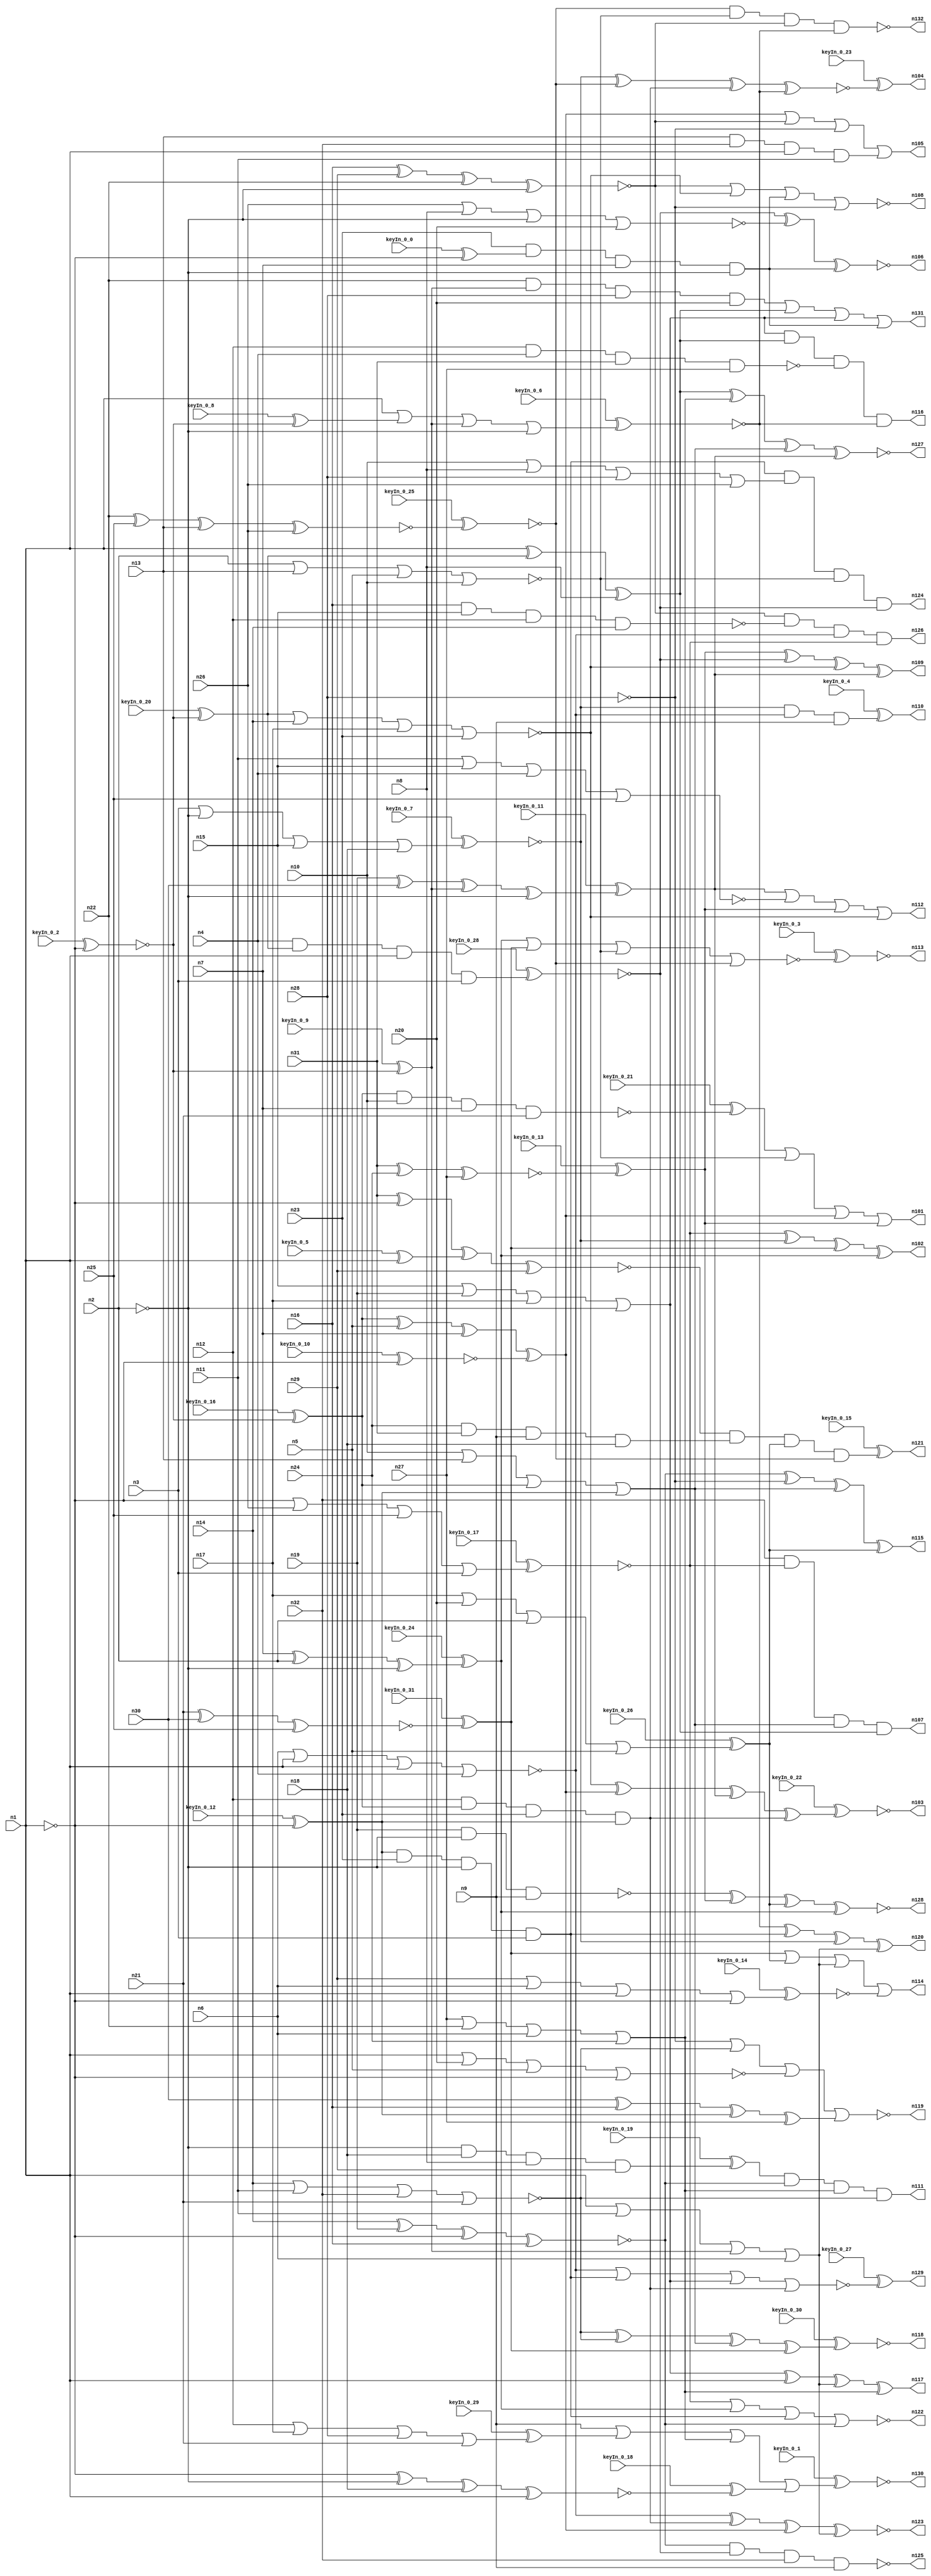


module Stat_100_47
(
  n1,
  n2,
  n3,
  n4,
  n5,
  n6,
  n7,
  n8,
  n9,
  n10,
  n11,
  n12,
  n13,
  n14,
  n15,
  n16,
  n17,
  n18,
  n19,
  n20,
  n21,
  n22,
  n23,
  n24,
  n25,
  n26,
  n27,
  n28,
  n29,
  n30,
  n31,
  n32,
  n110,
  n132,
  n126,
  n125,
  n102,
  n121,
  n127,
  n112,
  n115,
  n129,
  n119,
  n109,
  n107,
  n108,
  n128,
  n131,
  n114,
  n103,
  n104,
  n113,
  n111,
  n122,
  n105,
  n117,
  n118,
  n124,
  n101,
  n120,
  n116,
  n123,
  n106,
  n130,
  keyIn_0_0,
  keyIn_0_1,
  keyIn_0_2,
  keyIn_0_3,
  keyIn_0_4,
  keyIn_0_5,
  keyIn_0_6,
  keyIn_0_7,
  keyIn_0_8,
  keyIn_0_9,
  keyIn_0_10,
  keyIn_0_11,
  keyIn_0_12,
  keyIn_0_13,
  keyIn_0_14,
  keyIn_0_15,
  keyIn_0_16,
  keyIn_0_17,
  keyIn_0_18,
  keyIn_0_19,
  keyIn_0_20,
  keyIn_0_21,
  keyIn_0_22,
  keyIn_0_23,
  keyIn_0_24,
  keyIn_0_25,
  keyIn_0_26,
  keyIn_0_27,
  keyIn_0_28,
  keyIn_0_29,
  keyIn_0_30,
  keyIn_0_31
);

  input n1;input n2;input n3;input n4;input n5;input n6;input n7;input n8;input n9;input n10;input n11;input n12;input n13;input n14;input n15;input n16;input n17;input n18;input n19;input n20;input n21;input n22;input n23;input n24;input n25;input n26;input n27;input n28;input n29;input n30;input n31;input n32;input keyIn_0_0;input keyIn_0_1;input keyIn_0_2;input keyIn_0_3;input keyIn_0_4;input keyIn_0_5;input keyIn_0_6;input keyIn_0_7;input keyIn_0_8;input keyIn_0_9;input keyIn_0_10;input keyIn_0_11;input keyIn_0_12;input keyIn_0_13;input keyIn_0_14;input keyIn_0_15;input keyIn_0_16;input keyIn_0_17;input keyIn_0_18;input keyIn_0_19;input keyIn_0_20;input keyIn_0_21;input keyIn_0_22;input keyIn_0_23;input keyIn_0_24;input keyIn_0_25;input keyIn_0_26;input keyIn_0_27;input keyIn_0_28;input keyIn_0_29;input keyIn_0_30;input keyIn_0_31;
  output n110;output n132;output n126;output n125;output n102;output n121;output n127;output n112;output n115;output n129;output n119;output n109;output n107;output n108;output n128;output n131;output n114;output n103;output n104;output n113;output n111;output n122;output n105;output n117;output n118;output n124;output n101;output n120;output n116;output n123;output n106;output n130;
  wire n33;wire n34;wire n35;wire n36;wire n37;wire n38;wire n39;wire n40;wire n41;wire n42;wire n43;wire n44;wire n45;wire n46;wire n47;wire n48;wire n49;wire n50;wire n51;wire n52;wire n53;wire n54;wire n55;wire n56;wire n57;wire n58;wire n59;wire n60;wire n61;wire n62;wire n63;wire n64;wire n65;wire n66;wire n67;wire n68;wire n69;wire n70;wire n71;wire n72;wire n73;wire n74;wire n75;wire n76;wire n77;wire n78;wire n79;wire n80;wire n81;wire n82;wire n83;wire n84;wire n85;wire n86;wire n87;wire n88;wire n89;wire n90;wire n91;wire n92;wire n93;wire n94;wire n95;wire n96;wire n97;wire n98;wire n99;wire n100;wire KeyWire_0_0;wire KeyWire_0_1;wire KeyWire_0_2;wire KeyNOTWire_0_2;wire KeyWire_0_3;wire KeyWire_0_4;wire KeyWire_0_5;wire KeyNOTWire_0_5;wire KeyWire_0_6;wire KeyWire_0_7;wire KeyNOTWire_0_7;wire KeyWire_0_8;wire KeyWire_0_9;wire KeyNOTWire_0_9;wire KeyWire_0_10;wire KeyWire_0_11;wire KeyWire_0_12;wire KeyWire_0_13;wire KeyNOTWire_0_13;wire KeyWire_0_14;wire KeyNOTWire_0_14;wire KeyWire_0_15;wire KeyNOTWire_0_15;wire KeyWire_0_16;wire KeyWire_0_17;wire KeyNOTWire_0_17;wire KeyWire_0_18;wire KeyNOTWire_0_18;wire KeyWire_0_19;wire KeyWire_0_20;wire KeyNOTWire_0_20;wire KeyWire_0_21;wire KeyNOTWire_0_21;wire KeyWire_0_22;wire KeyNOTWire_0_22;wire KeyWire_0_23;wire KeyWire_0_24;wire KeyWire_0_25;wire KeyNOTWire_0_25;wire KeyWire_0_26;wire KeyWire_0_27;wire KeyWire_0_28;wire KeyWire_0_29;wire KeyWire_0_30;wire KeyNOTWire_0_30;wire KeyWire_0_31;wire KeyNOTWire_0_31;

  not
  g0
  (
    KeyWire_0_2,
    n1
  );


  buf
  g1
  (
    n37,
    n1
  );


  buf
  g2
  (
    n34,
    n1
  );


  not
  g3
  (
    n36,
    n2
  );


  not
  g4
  (
    n35,
    n1
  );


  buf
  g5
  (
    KeyWire_0_5,
    n34
  );


  buf
  g6
  (
    n46,
    n35
  );


  not
  g7
  (
    KeyWire_0_10,
    n34
  );


  buf
  g8
  (
    n48,
    n34
  );


  buf
  g9
  (
    KeyWire_0_9,
    n33
  );


  buf
  g10
  (
    n42,
    n35
  );


  buf
  g11
  (
    KeyWire_0_20,
    n33
  );


  not
  g12
  (
    KeyWire_0_0,
    n37
  );


  buf
  g13
  (
    n47,
    n36
  );


  buf
  g14
  (
    KeyWire_0_16,
    n33
  );


  buf
  g15
  (
    n38,
    n34
  );


  buf
  g16
  (
    n41,
    n37
  );


  buf
  g17
  (
    n55,
    n36
  );


  not
  g18
  (
    n54,
    n37
  );


  buf
  g19
  (
    KeyWire_0_8,
    n33
  );


  buf
  g20
  (
    n50,
    n36
  );


  buf
  g21
  (
    KeyWire_0_12,
    n35
  );


  not
  g22
  (
    n49,
    n35
  );


  buf
  g23
  (
    n39,
    n36
  );


  not
  g24
  (
    n79,
    n28
  );


  buf
  g25
  (
    n75,
    n9
  );


  and
  g26
  (
    KeyWire_0_19,
    n47,
    n18,
    n8,
    n29
  );


  nor
  g27
  (
    n70,
    n26,
    n8,
    n55,
    n20
  );


  or
  g28
  (
    n91,
    n48,
    n11,
    n56,
    n6
  );


  xnor
  g29
  (
    n63,
    n31,
    n42,
    n45,
    n29
  );


  xor
  g30
  (
    KeyWire_0_24,
    n7,
    n2,
    n50
  );


  xnor
  g31
  (
    KeyWire_0_25,
    n22,
    n25,
    n13,
    n26
  );


  xor
  g32
  (
    n92,
    n52,
    n5,
    n7,
    n40
  );


  nand
  g33
  (
    KeyWire_0_21,
    n52,
    n10,
    n7,
    n21
  );


  nor
  g34
  (
    n94,
    n14,
    n11,
    n32,
    n21
  );


  or
  g35
  (
    KeyWire_0_29,
    n12,
    n17,
    n28,
    n21
  );


  nor
  g36
  (
    n85,
    n6,
    n48,
    n41,
    n4
  );


  xor
  g37
  (
    n58,
    n30,
    n16,
    n51,
    n27
  );


  nand
  g38
  (
    n71,
    n12,
    n4,
    n31,
    n27
  );


  nor
  g39
  (
    n93,
    n53,
    n14,
    n17,
    n23
  );


  nor
  g40
  (
    n66,
    n11,
    n15,
    n4,
    n25
  );


  or
  g41
  (
    KeyWire_0_17,
    n54,
    n26,
    n25,
    n3
  );


  and
  g42
  (
    n72,
    n24,
    n31,
    n9,
    n18
  );


  or
  g43
  (
    n97,
    n27,
    n22,
    n6,
    n24
  );


  or
  g44
  (
    KeyWire_0_6,
    n49,
    n43,
    n56,
    n39
  );


  and
  g45
  (
    n98,
    n12,
    n52,
    n23,
    n51
  );


  nand
  g46
  (
    n61,
    n19,
    n50,
    n9
  );


  and
  g47
  (
    n73,
    n22,
    n56,
    n28,
    n20
  );


  or
  g48
  (
    n84,
    n15,
    n19,
    n17,
    n47
  );


  xnor
  g49
  (
    n100,
    n14,
    n19,
    n54,
    n16
  );


  or
  g50
  (
    n81,
    n10,
    n13,
    n52,
    n51
  );


  xnor
  g51
  (
    KeyWire_0_18,
    n46,
    n55,
    n18,
    n38
  );


  or
  g52
  (
    KeyWire_0_14,
    n29,
    n6,
    n48,
    n54
  );


  nand
  g53
  (
    n62,
    n16,
    n15,
    n12,
    n14
  );


  and
  g54
  (
    n88,
    n51,
    n23,
    n47,
    n3
  );


  xor
  g55
  (
    KeyWire_0_11,
    n19,
    n30,
    n56,
    n47
  );


  or
  g56
  (
    KeyWire_0_7,
    n3,
    n55,
    n15,
    n18
  );


  nor
  g57
  (
    n76,
    n2,
    n13,
    n5,
    n10
  );


  and
  g58
  (
    n68,
    n13,
    n32,
    n48,
    n11
  );


  and
  g59
  (
    n80,
    n23,
    n44,
    n7,
    n55
  );


  nor
  g60
  (
    n64,
    n49,
    n20,
    n5,
    n54
  );


  or
  g61
  (
    n59,
    n10,
    n8,
    n28,
    n26
  );


  or
  g62
  (
    KeyWire_0_26,
    n17,
    n20,
    n2,
    n5
  );


  and
  g63
  (
    KeyWire_0_28,
    n4,
    n53,
    n49,
    n3
  );


  xnor
  g64
  (
    KeyWire_0_13,
    n31,
    n24,
    n27
  );


  xnor
  g65
  (
    n95,
    n16,
    n29,
    n22,
    n50
  );


  xor
  g66
  (
    n96,
    n49,
    n53,
    n8
  );


  xnor
  g67
  (
    KeyWire_0_31,
    n21,
    n30,
    n25
  );


  nor
  g68
  (
    n119,
    n79,
    n94,
    n64,
    n58
  );


  xor
  g69
  (
    n115,
    n100,
    n79,
    n81,
    n87
  );


  xnor
  g70
  (
    n123,
    n85,
    n98,
    n92,
    n91
  );


  nand
  g71
  (
    n132,
    n78,
    n76,
    n95,
    n83
  );


  or
  g72
  (
    n101,
    n67,
    n76,
    n92,
    n77
  );


  or
  g73
  (
    n105,
    n92,
    n95,
    n79,
    n68
  );


  nor
  g74
  (
    n108,
    n95,
    n93,
    n80,
    n79
  );


  xor
  g75
  (
    KeyWire_0_30,
    n94,
    n94,
    n81,
    n90
  );


  xnor
  g76
  (
    n128,
    n61,
    n77,
    n87,
    n82
  );


  and
  g77
  (
    KeyWire_0_15,
    n63,
    n72,
    n87,
    n78
  );


  or
  g78
  (
    n131,
    n73,
    n96,
    n84,
    n80
  );


  xnor
  g79
  (
    n127,
    n96,
    n97,
    n81,
    n74
  );


  and
  g80
  (
    n116,
    n84,
    n96,
    n71,
    n83
  );


  nor
  g81
  (
    KeyWire_0_27,
    n85,
    n88,
    n84,
    n98
  );


  and
  g82
  (
    n111,
    n65,
    n100,
    n97,
    n94
  );


  and
  g83
  (
    n124,
    n88,
    n59,
    n76,
    n99
  );


  or
  g84
  (
    KeyWire_0_1,
    n75,
    n60,
    n97,
    n57
  );


  or
  g85
  (
    n112,
    n74,
    n66,
    n77,
    n93
  );


  xor
  g86
  (
    n109,
    n77,
    n99,
    n93,
    n74
  );


  xor
  g87
  (
    n102,
    n89,
    n86,
    n90,
    n82
  );


  nor
  g88
  (
    KeyWire_0_3,
    n82,
    n90,
    n76,
    n78
  );


  nor
  g89
  (
    n122,
    n89,
    n82,
    n88,
    n100
  );


  xor
  g90
  (
    n120,
    n83,
    n88,
    n86,
    n91
  );


  nand
  g91
  (
    n125,
    n100,
    n99,
    n32,
    n75
  );


  xor
  g92
  (
    KeyWire_0_22,
    n93,
    n92,
    n74,
    n98
  );


  xnor
  g93
  (
    n106,
    n99,
    n70,
    n80
  );


  or
  g94
  (
    n114,
    n90,
    n87,
    n91,
    n69
  );


  xnor
  g95
  (
    KeyWire_0_23,
    n86,
    n78,
    n98,
    n83
  );


  and
  g96
  (
    n126,
    n95,
    n62,
    n85,
    n89
  );


  xor
  g97
  (
    n117,
    n84,
    n37,
    n91,
    n97
  );


  and
  g98
  (
    KeyWire_0_4,
    n86,
    n85,
    n75
  );


  and
  g99
  (
    n107,
    n32,
    n89,
    n81,
    n96
  );


  xor
  KeyGate_0_0
  (
    n44,
    keyIn_0_0,
    KeyWire_0_0
  );


  xnor
  KeyGate_0_1
  (
    n130,
    keyIn_0_1,
    KeyWire_0_1
  );


  xor
  KeyGate_0_2
  (
    KeyNOTWire_0_2,
    keyIn_0_2,
    KeyWire_0_2
  );


  not
  KeyNOTGate_0_2
  (
    n33,
    KeyNOTWire_0_2
  );


  xnor
  KeyGate_0_3
  (
    n113,
    keyIn_0_3,
    KeyWire_0_3
  );


  xor
  KeyGate_0_4
  (
    n110,
    keyIn_0_4,
    KeyWire_0_4
  );


  xnor
  KeyGate_0_5
  (
    KeyNOTWire_0_5,
    keyIn_0_5,
    KeyWire_0_5
  );


  not
  KeyNOTGate_0_5
  (
    n45,
    KeyNOTWire_0_5
  );


  xnor
  KeyGate_0_6
  (
    n83,
    keyIn_0_6,
    KeyWire_0_6
  );


  xor
  KeyGate_0_7
  (
    KeyNOTWire_0_7,
    keyIn_0_7,
    KeyWire_0_7
  );


  not
  KeyNOTGate_0_7
  (
    n86,
    KeyNOTWire_0_7
  );


  xor
  KeyGate_0_8
  (
    n43,
    keyIn_0_8,
    KeyWire_0_8
  );


  xnor
  KeyGate_0_9
  (
    KeyNOTWire_0_9,
    keyIn_0_9,
    KeyWire_0_9
  );


  not
  KeyNOTGate_0_9
  (
    n56,
    KeyNOTWire_0_9
  );


  xnor
  KeyGate_0_10
  (
    n40,
    keyIn_0_10,
    KeyWire_0_10
  );


  xor
  KeyGate_0_11
  (
    n74,
    keyIn_0_11,
    KeyWire_0_11
  );


  xor
  KeyGate_0_12
  (
    n51,
    keyIn_0_12,
    KeyWire_0_12
  );


  xnor
  KeyGate_0_13
  (
    KeyNOTWire_0_13,
    keyIn_0_13,
    KeyWire_0_13
  );


  not
  KeyNOTGate_0_13
  (
    n77,
    KeyNOTWire_0_13
  );


  xor
  KeyGate_0_14
  (
    KeyNOTWire_0_14,
    keyIn_0_14,
    KeyWire_0_14
  );


  not
  KeyNOTGate_0_14
  (
    n69,
    KeyNOTWire_0_14
  );


  xnor
  KeyGate_0_15
  (
    KeyNOTWire_0_15,
    keyIn_0_15,
    KeyWire_0_15
  );


  not
  KeyNOTGate_0_15
  (
    n121,
    KeyNOTWire_0_15
  );


  xor
  KeyGate_0_16
  (
    n52,
    keyIn_0_16,
    KeyWire_0_16
  );


  xor
  KeyGate_0_17
  (
    KeyNOTWire_0_17,
    keyIn_0_17,
    KeyWire_0_17
  );


  not
  KeyNOTGate_0_17
  (
    n89,
    KeyNOTWire_0_17
  );


  xnor
  KeyGate_0_18
  (
    KeyNOTWire_0_18,
    keyIn_0_18,
    KeyWire_0_18
  );


  not
  KeyNOTGate_0_18
  (
    n57,
    KeyNOTWire_0_18
  );


  xor
  KeyGate_0_19
  (
    n65,
    keyIn_0_19,
    KeyWire_0_19
  );


  xnor
  KeyGate_0_20
  (
    KeyNOTWire_0_20,
    keyIn_0_20,
    KeyWire_0_20
  );


  not
  KeyNOTGate_0_20
  (
    n53,
    KeyNOTWire_0_20
  );


  xnor
  KeyGate_0_21
  (
    KeyNOTWire_0_21,
    keyIn_0_21,
    KeyWire_0_21
  );


  not
  KeyNOTGate_0_21
  (
    n67,
    KeyNOTWire_0_21
  );


  xor
  KeyGate_0_22
  (
    KeyNOTWire_0_22,
    keyIn_0_22,
    KeyWire_0_22
  );


  not
  KeyNOTGate_0_22
  (
    n103,
    KeyNOTWire_0_22
  );


  xor
  KeyGate_0_23
  (
    n104,
    keyIn_0_23,
    KeyWire_0_23
  );


  xor
  KeyGate_0_24
  (
    n82,
    keyIn_0_24,
    KeyWire_0_24
  );


  xor
  KeyGate_0_25
  (
    KeyNOTWire_0_25,
    keyIn_0_25,
    KeyWire_0_25
  );


  not
  KeyNOTGate_0_25
  (
    n78,
    KeyNOTWire_0_25
  );


  xor
  KeyGate_0_26
  (
    n87,
    keyIn_0_26,
    KeyWire_0_26
  );


  xor
  KeyGate_0_27
  (
    n129,
    keyIn_0_27,
    KeyWire_0_27
  );


  xnor
  KeyGate_0_28
  (
    n99,
    keyIn_0_28,
    KeyWire_0_28
  );


  xor
  KeyGate_0_29
  (
    n60,
    keyIn_0_29,
    KeyWire_0_29
  );


  xor
  KeyGate_0_30
  (
    KeyNOTWire_0_30,
    keyIn_0_30,
    KeyWire_0_30
  );


  not
  KeyNOTGate_0_30
  (
    n118,
    KeyNOTWire_0_30
  );


  xnor
  KeyGate_0_31
  (
    KeyNOTWire_0_31,
    keyIn_0_31,
    KeyWire_0_31
  );


  not
  KeyNOTGate_0_31
  (
    n90,
    KeyNOTWire_0_31
  );


endmodule